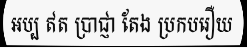
ឣប្ប ឥត ប្រាជ្ញា តែង ប្រកបរឿយ